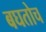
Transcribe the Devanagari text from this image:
बघतोच